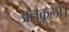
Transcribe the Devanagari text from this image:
अनुकूलो।